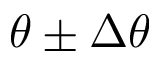
\theta \pm \Delta \theta